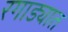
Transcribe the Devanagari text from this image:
रगाड्यात